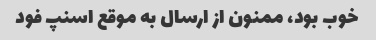
خوب بود، ممنون از ارسال به موقع اسنپ فود